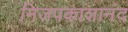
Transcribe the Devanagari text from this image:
निजपकाशानंद